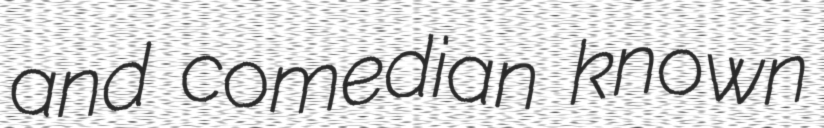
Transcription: and comedian known